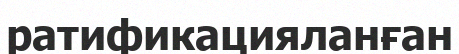
ратификацияланған